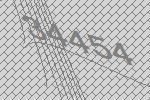
34454